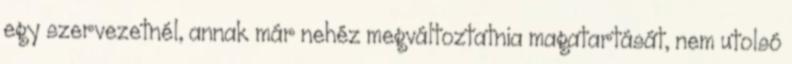
egy szervezetnél, annak már nehéz megváltoztatnia magatartását, nem utolsó